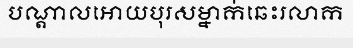
បណ្តាលអោយបុរសម្នាក់ឆេះរលាក